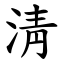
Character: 淸